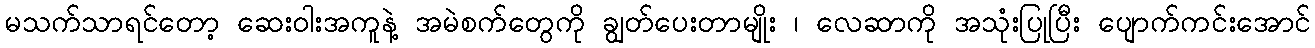
မသက်သာရင်တော့ ဆေးဝါးအကူနဲ့ အမဲစက်တွေကို ချွတ်ပေးတာမျိုး ၊ လေဆာကို အသုံးပြုပြီး ပျောက်ကင်းအောင်